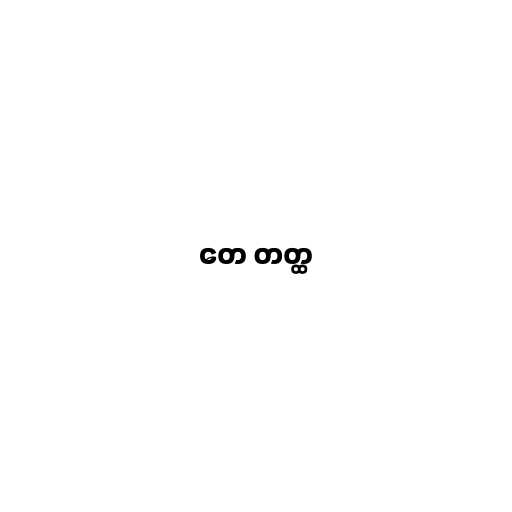
တေ တတ္ထ